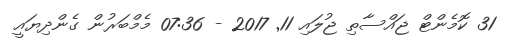
31 ކޮމެންޓް ޖައްސާތި ޖުލައި 11